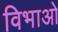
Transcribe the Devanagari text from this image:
विभाओ